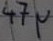
Text: 47µ